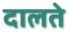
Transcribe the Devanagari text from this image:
दालते